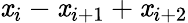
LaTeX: \mathit{x}_{i}-\mathit{x}_{i+1}+\mathit{x}_{i+2}